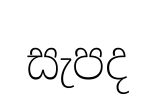
සැපද